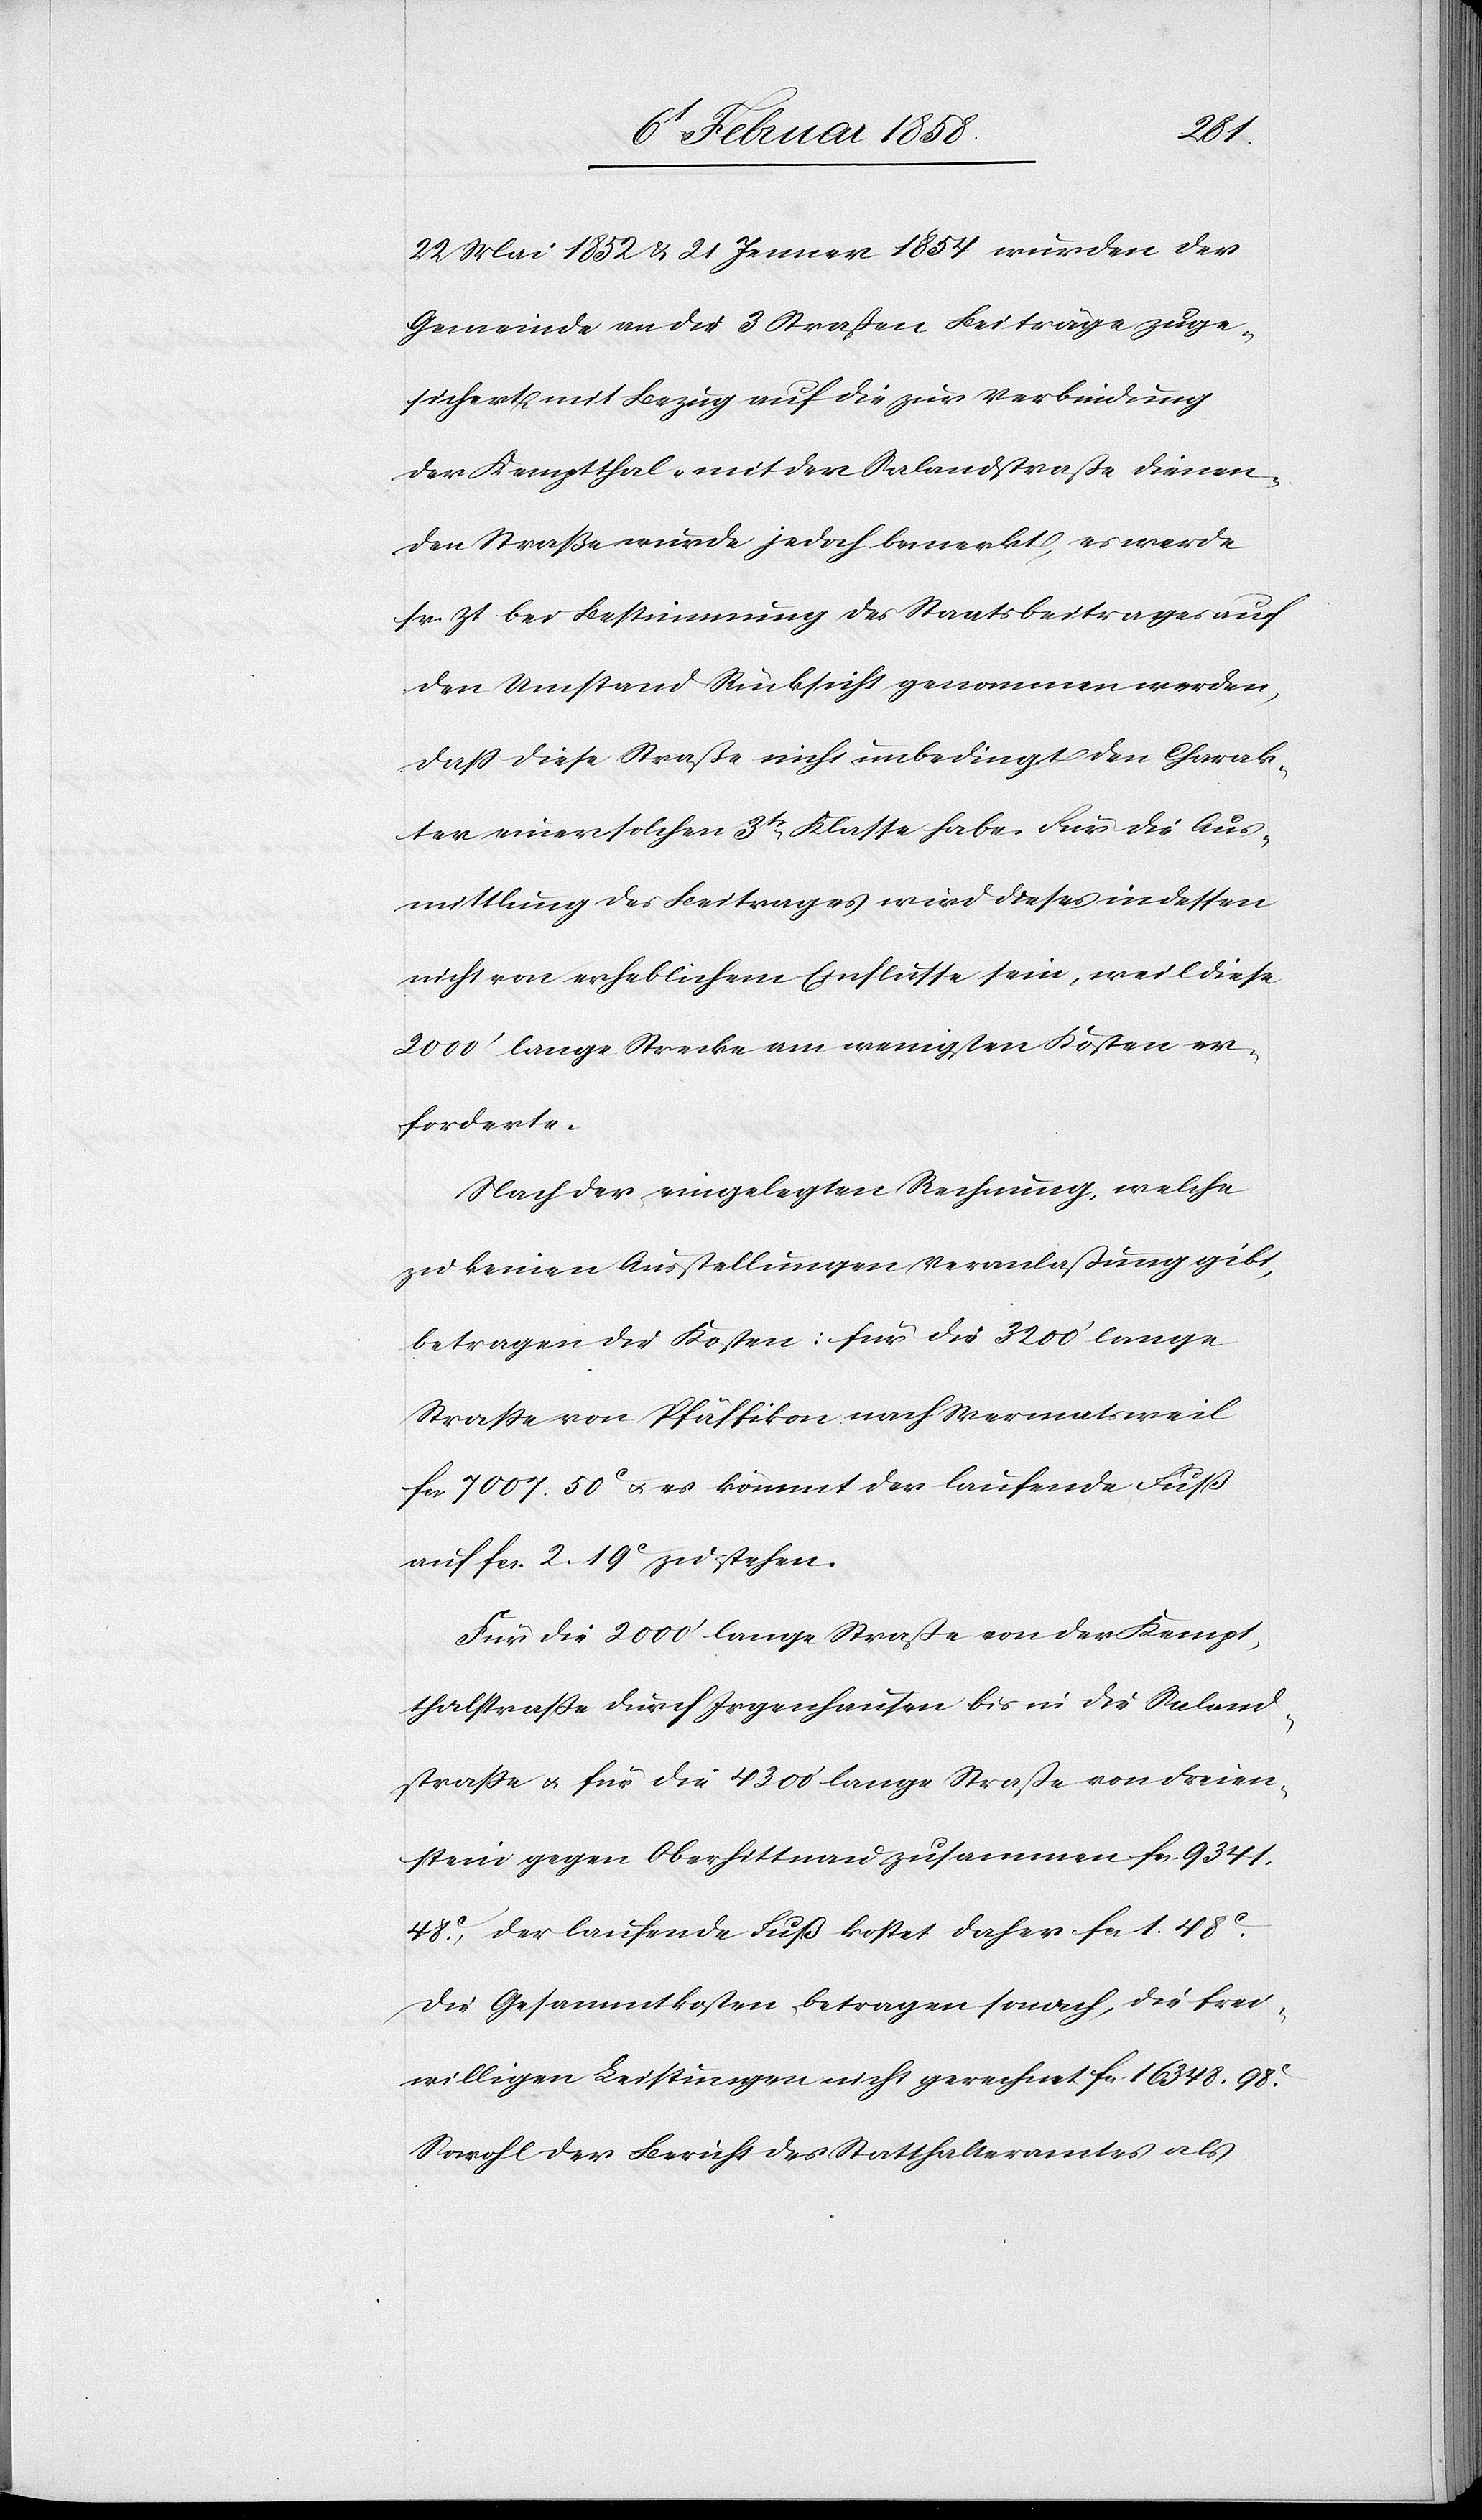
48
22 Mai 1852 & 21 Jenner 1854 wurden der
Gemeinde an die 3 Straßen Beiträge zuge¬
sichert mit Bezug auf die zur Verbindung
der Kemptthal- mit der Salandstraße dienen¬
den Straße wurde jedoch bemerkt, es werde
sr. Zt bei Bestimmung des Staatsbeitrages auf
den Umstand Rücksicht genommen werden,
daß diese Straße nicht unbedingt den Charak¬
ter einer solchen 3tr Klasse habe. Für die Aus¬
mittlung des Beitrages wird dieses indessen
nicht von erheblichem Einflusse sein, weil diese
2000’ lange Strecke am wenigsten Kosten er¬
forderte.
Nach der eingelegten Rechnung, welche
zu keinen Ausstellungen Veranlaßung gibt,
betragen die Kosten: für die 3200’ lange
Straße von Pfäffikon nach Wermatsweil
fcs. 7007. 50 c u. es kömmt der laufende Fuß
auf fcs. 2 19 c zu stehen.
Für die 2000’ lange Straße von der Kempt¬
thalstraße durch Irgenhausen bis in die Saland¬
straße u. für die 4300’ lange Straße von Freien¬
stein gegen Oberhittnau zusammen fcs. 9341.
c, der laufende Fuß kostet daher fcs. 1. 48
Die Gesammtkosten betragen sonach, die frei¬
willigen Leistungen nicht gerechnet fcs. 16 348. 98
Sowohl der Bericht des Statthalteramtes als